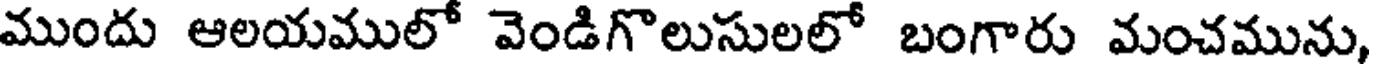
ముందు ఆలయములో వెండిగొలుసులలో బంగారు మంచమును,